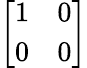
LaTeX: \left[\begin{array}{ll}{1}&{0}\\ {0}&{0}\end{array}\right]